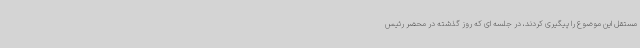
مستقل این موضوع را پیگیری کردند، در جلسه ای که روز گذشته در محضر رئیس